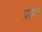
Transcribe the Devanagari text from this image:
प्रांप्त